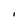
Character: I